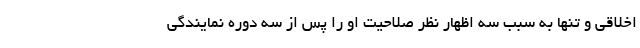
اخلاقی و تنها به سبب سه اظهار نظر صلاحیت او را پس از سه دوره نمایندگی